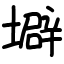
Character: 壀